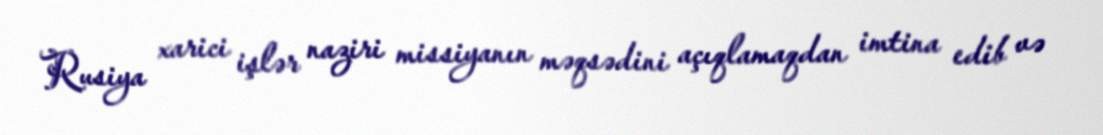
Rusiya xarici işlər naziri missiyanın məqsədini açıqlamaqdan imtina edib və